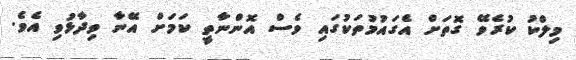
މިލްކު ކުރެވޭ ގޮތަށް އެގައުމުތަކުގައި ވެސް އޮންނާތީ ކަމަށް އޭނާ ވިދާޅުވި އެވެ.